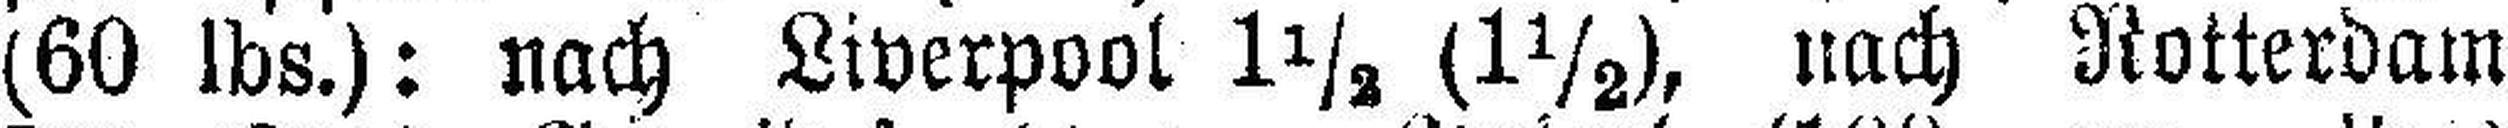
(60 lbs.): nach Liverpool 1½ (1½), nach Rotterdam